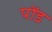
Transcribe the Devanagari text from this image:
पोंड